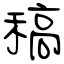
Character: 稿